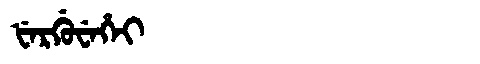
Manchu: ᡶᡝᡵᡤᡠᠸᡝᡥᡝᡳ
Romanization: FERGUWEHEI